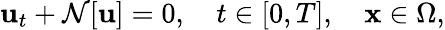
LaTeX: {\mathbf u}_{t}+\mathcal{N}[{\mathbf u}]=0,\quad t\in[0,T],\quad{\mathbf x}\in\Omega,